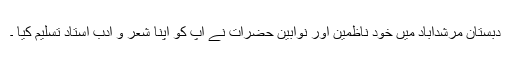
دبستان مرشدآباد میں خود ناظمین اور نوابین حضرات نے آپ کو اپنا شعر و ادب استاد تسلیم کیا ۔